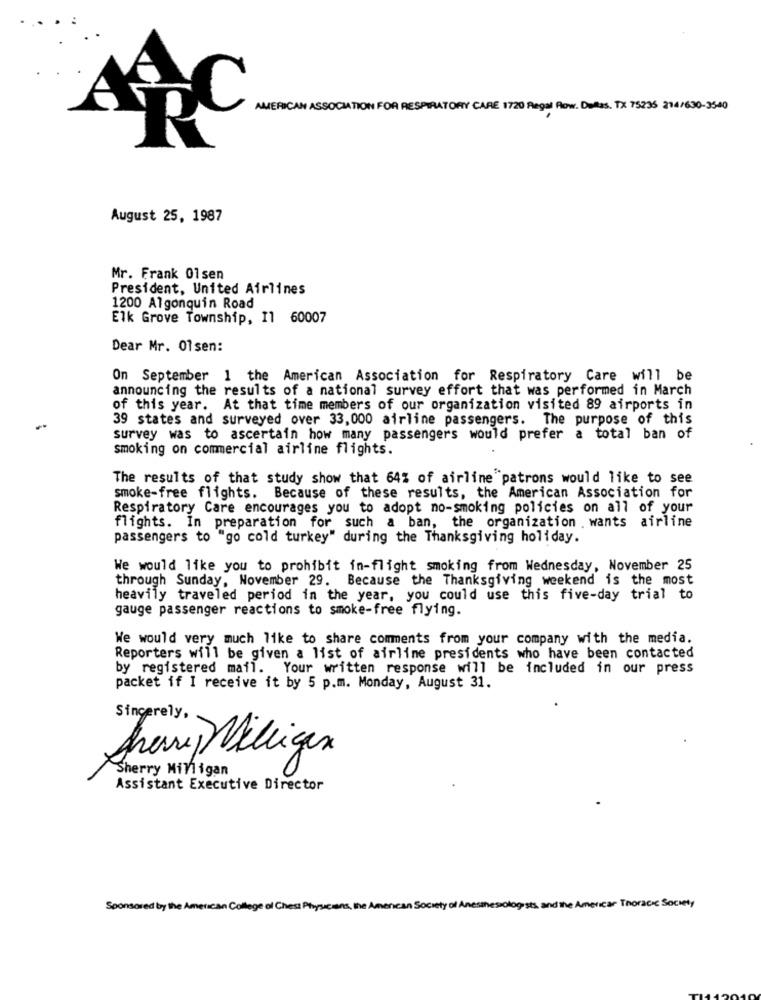
AMERICAN ASSOCIATION FOR RESPIRATORY CARE 1720 Regal Row. Dallas, TX 75235 214/630-35-40
August 25, 1987
Mr. Frank 01sen
President, United Airlines
1200 Algonquin Road
Elk Grove Township, Il 60007
Dear Mr. 01sen:
On September 1 the American Association for Respiratory Care will be
announcing the results of a national survey effort that was performed in March
of this year. At that time members of our organization visited 89 airports in
39 states and surveyed over 33,000 airline passengers. The purpose of this
survey was to ascertain how many passengers would prefer a total ban of
smoking on commercial airline flights.
The results of that study show that 64% of airline patrons would like to see
smoke-free flights. Because of these results, the American Association for
Respiratory Care encourages you to adopt no-smoking policies on all of your
flights. In preparation for such a ban, the organization . wants airline
passengers to "go cold turkey" during the Thanksgiving holiday.
We would like you to prohibit in-flight smoking from Wednesday, November 25
through Sunday, November 29. Because the Thanksgiving weekend is the most
heavily traveled period in the year, you could use this five-day trial to
gauge passenger reactions to smoke-free flying.
We would very much like to share comments from your company with the media.
Reporters will be given a list of airline presidents who have been contacted
by registered mail. Your written response will be included in our press
packet if I receive it by 5 p.m. Monday, August 31.
Sincerely,
Arany Milligan
Assistant Executive Director
Sponsored by the American College of Chess Physicians,the American Society of Anesthesiologists, and the American Thoracic Society